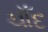
ચાઁદ